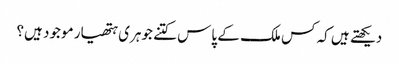
دیکھتے ہیں کہ کس ملک کے پاس کتنے جوہری ہتھیار موجود ہیں؟